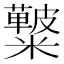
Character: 𥽚